Jaan_Tonisson_(Lasteleht), lk 93
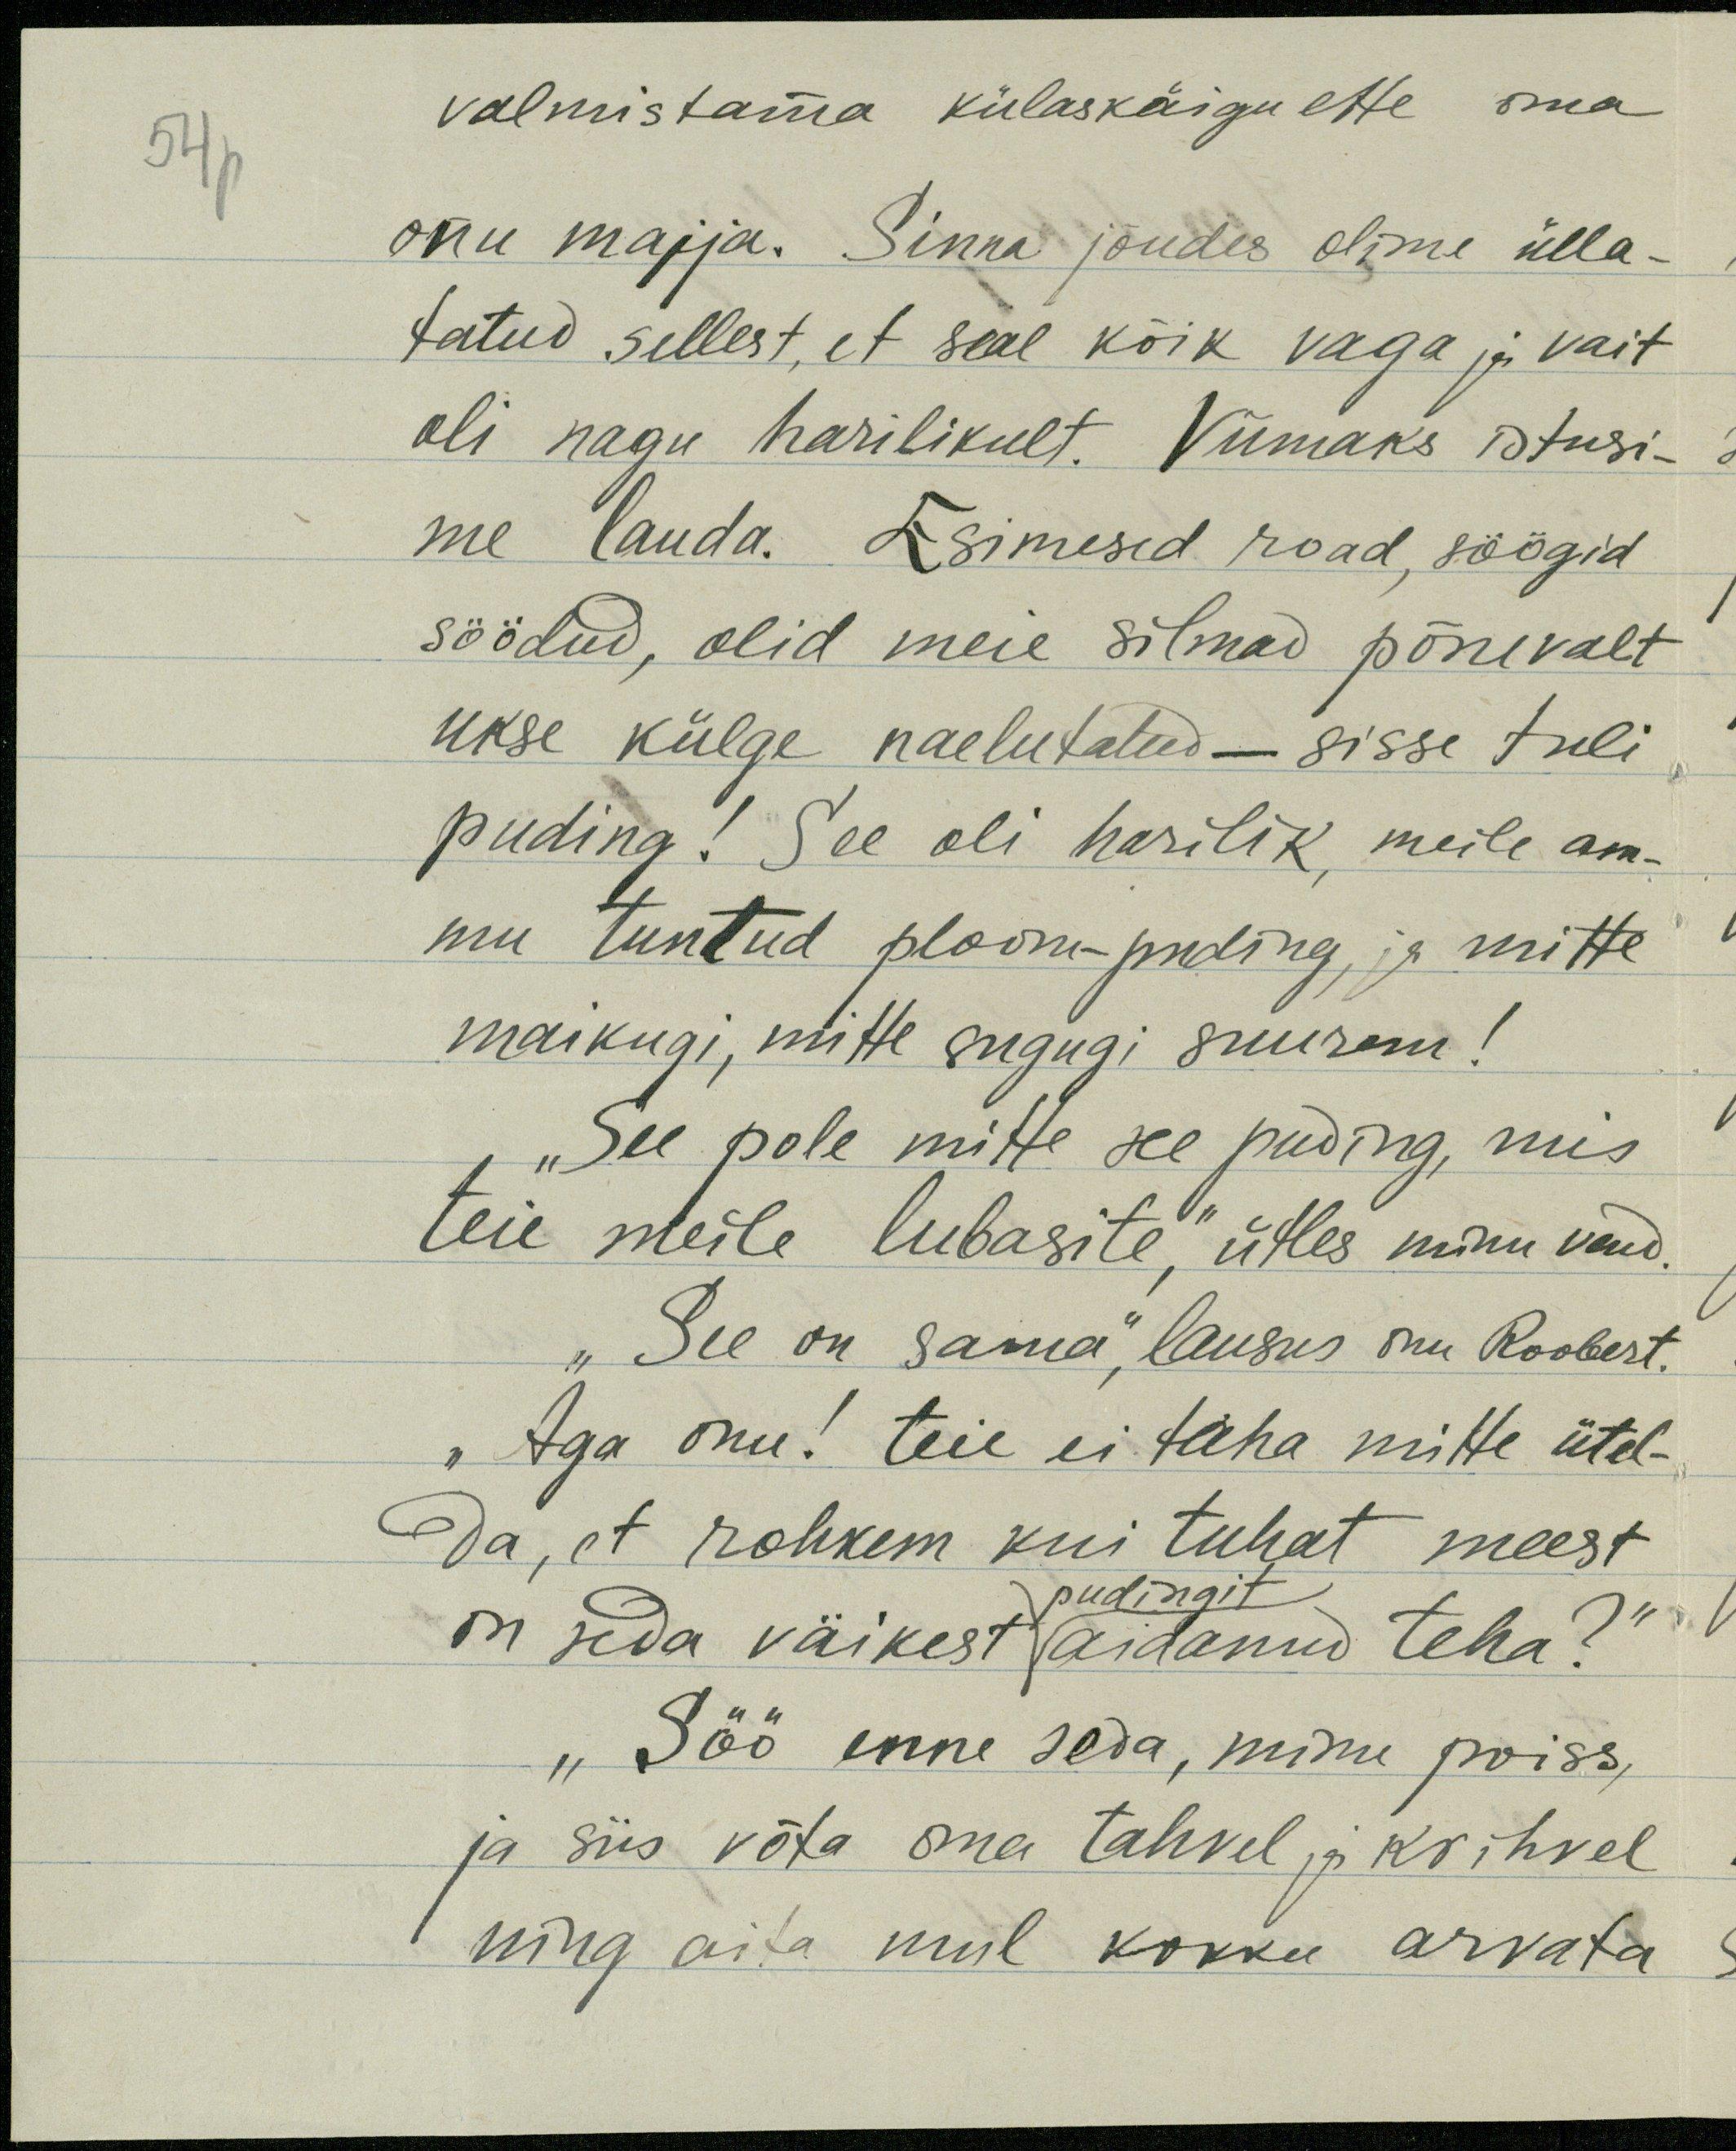
valmistama külaskäigu ette oma
onu majja. Sinna jõudes olime ülla-
tatud sellest, et seal kõik vaga ja vait
oli nagu harilikult. Viimaks istusi-
me lauda. Esimesed road, söögid
söödud, olid meie silmad põnevalt
ukse külge naelutatud - sisse tuli
puding! See oli harilik meile am-
mu tuntud ploom-puding ja mitte
maikugi, mitte sugugi suurem!
"See pole mitte see puding, mis
teie meile lubasite," ütles minu vend.
"See on sama", lausus onu Roobert.
"Aga onu! teie ei taha mitte ütel-
da, et rohkem kui tuhat meest
on seda väikest aidanud teha?"
pudingit
"Söö enne seda, minu poiss
ja siis võta oma tahvel ja krihvel
ning aita mul kokku arvata.

54p